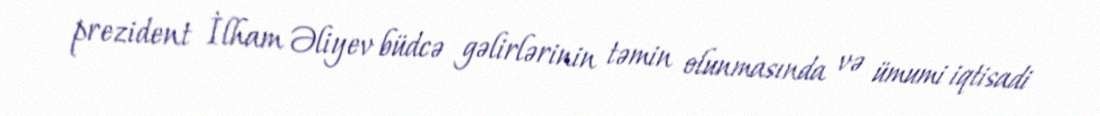
prezident İlham Əliyev büdcə gəlirlərinin təmin olunmasında və ümumi iqtisadi